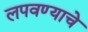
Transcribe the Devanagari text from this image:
लपवण्याचे